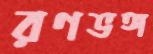
রণভঙ্গ